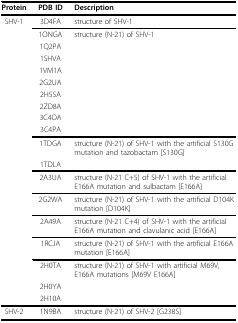
| Protein | PDB ID | Description |
 | --- | --- | --- |
 | SHV-1 | 3D4FA | structure of SHV-1 |
 |  | 1ONGA | structure (N-21) of SHV-1 |
 |  | 1Q2PA |  |
 |  | 1SHVA |  |
 |  | 1VM1A |  |
 |  | 2G2UA |  |
 |  | 2H5SA |  |
 |  | 2ZD8A |  |
 |  | 3C4OA |  |
 |  | 3C4PA |  |
 |  | 1TDGA | structure (N-21) of SHV-1 with the artificial S130G mutation and tazobactam[S130G] |
 |  | 1TDLA |  |
 |  | 2A3UA | structure (N-21 C+5) of SHV-1 with the artificial E166A mutation and sulbactam[E166A] |
 |  | 2G2WA | structure (N-21) of SHV-1 with the artificial D104K mutation [D104K] |
 |  | 2A49A | structure (N-21 C+4) of SHV-1 with the artificial E166A mutation and clavulanic acid [E166A] |
 |  | 1RCJA | structure (N-21) of SHV-1 with the artificial E166A mutation [E166A] |
 |  | 2H0TA | structure (N-21) of SHV-1 with artificial M69V, E166A mutations [M69V E166A] |
 |  | 2H0YA |  |
 |  | 2H10A |  |
 | SHV-2 | 1N9BA | structure (N-21) of SHV-2 [G238S] |